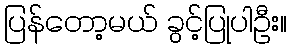
ပြန်တော့မယ် ခွင့်ပြုပါဦး။